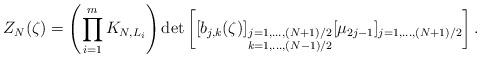
LaTeX: \begin{align*}Z_N(\zeta)=\left(\prod_{i=1}^mK_{N,L_i}\right)\mathrm{det}\left[[b_{j,k}(\zeta)]_{\substack{j=1,\ldots,(N+1)/2\\ k=1,\ldots,(N-1)/2}} [\mu_{2j-1}]_{j=1,\ldots,(N+1)/2}\right].\end{align*}